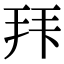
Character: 𭠠